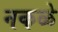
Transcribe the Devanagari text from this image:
नकळे